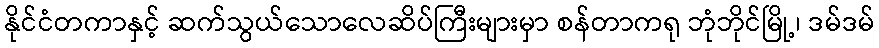
နိုင်ငံတကာနှင့် ဆက်သွယ်သောလေဆိပ်ကြီးများမှာ စန်တာကရု ဘုံဘိုင်မြို့၊ ဒမ်ဒမ်